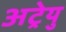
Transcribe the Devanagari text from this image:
अट्रेयु